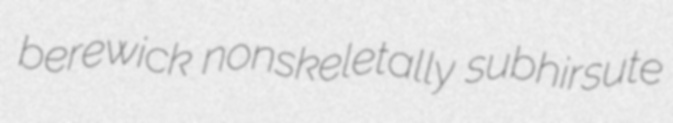
berewick nonskeletally subhirsute